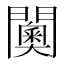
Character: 𮤦